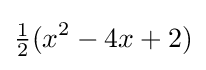
{\tfrac {1}{2}}(x^{2}-4x+2)